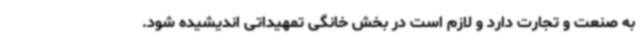
به صنعت و تجارت دارد و لازم است در بخش خانگی تمهیداتی اندیشیده شود.